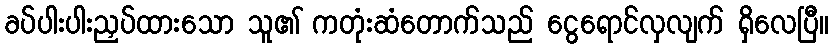
ခပ်ပါးပါးညှပ်ထားသော သူ၏ ကတုံးဆံတောက်သည် ငွေရောင်လှလျက် ရှိလေပြီ။